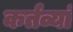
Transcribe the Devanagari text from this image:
कर्तव्यां